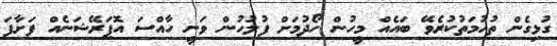
ގުޅިގެން ތުހުމަތުކުރެވޭ ބައެއް މީހުން ހޯދުމަށް ފުލުހުން ވަނީ ހާއްސަ އޮޕަރޭޝަނެއް ފަށާފަ